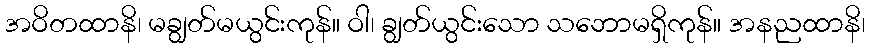
အဝိတထာနိ၊ မချွတ်မယွင်းကုန်။ ဝါ၊ ချွတ်ယွင်းသော သဘောမရှိကုန်။ အနညထာနိ၊